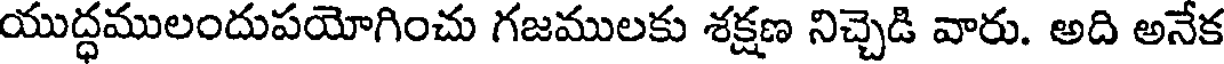
యుద్ధములందుపయోగించు గజములకు శక్షణ నిచ్చెడి వారు. అది అనేక